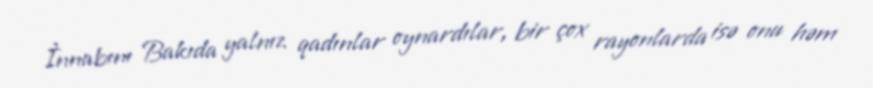
İnnabını Bakıda yalnız qadınlar oynardılar, bir çox rayonlarda isə onu həm